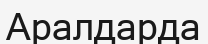
Аралдарда